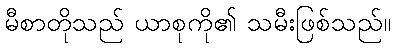
မီစာတိုသည် ယာစုကို၏ သမီးဖြစ်သည်။